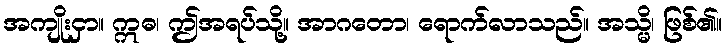
အကျိုးငှာ။ ဣဓ၊ ဤအရပ်သို့။ အာဂတော၊ ရောက်လာသည်။ အသ္မိ၊ ဖြစ်၏။